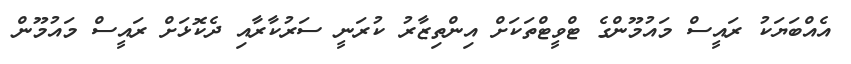
އެއްބަޔަކު ރައީސް މައުމޫންގެ ޓްވީޓްތަކަށް އިންތިޒާރު ކުރަނީ ސަރުކާރާއި ދެކޮޅަށް ރައީސް މައުމޫން